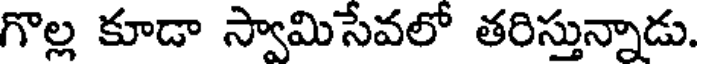
గొల్ల కూడా స్వామిసేవలో తరిస్తున్నాడు.